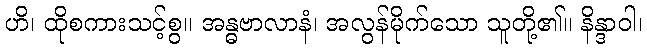
ဟိ၊ ထိုစကားသင့်စွ။ အန္ဓဗာလာနံ၊ အလွန်မိုက်သော သူတို့၏။ နိန္ဒာဝါ၊